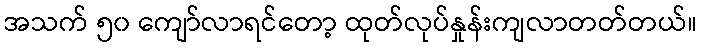
အသက် ၅၀ ကျော်လာရင်တော့ ထုတ်လုပ်နှုန်းကျလာတတ်တယ်။